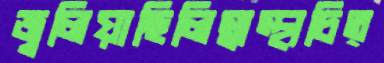
জ্বলিয়াছিলিস্বাস্থ্যচিত্